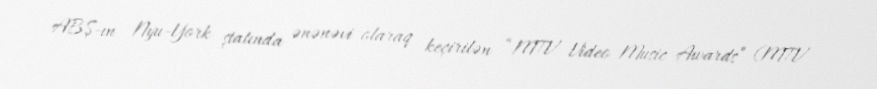
ABŞ-ın Nyu-York ştatında ənənəvi olaraq keçirilən “MTV Video Music Awards” (MTV